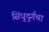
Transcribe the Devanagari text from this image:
सिंधुदुर्गचा